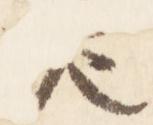
老